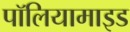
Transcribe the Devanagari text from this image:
पॉलियामाइड